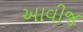
આવીજ